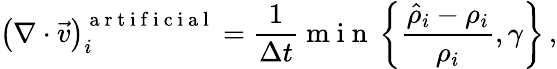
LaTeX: \left(\nabla\cdot\vec{v}\right)_{i}^{\mathrm{~a~r~t~i~f~i~c~i~a~l~}}=\frac{1}{\Delta t}\mathrm{~m~i~n~}\left\{ \frac{\hat{\rho}_{i}-\rho_{i}}{\rho_{i}},\gamma\right\} \, ,